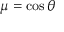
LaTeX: \mu = \cos \theta